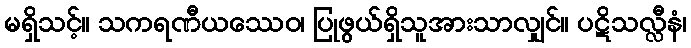
မရှိသင့်။ သကရဏီယဿေဝ၊ ပြုဖွယ်ရှိသူအားသာလျှင်။ ပဋိသလ္လီနံ၊